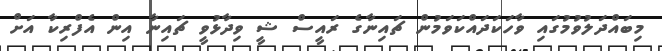
މިބައްދަލުވުމުގައި ވާހަކަދައްކަވަމުން ޗައިނާގެ ރައީސް ޝީ ވިދާޅުވީ ޗައިނާ އިން އެފްރިކާ އަށް